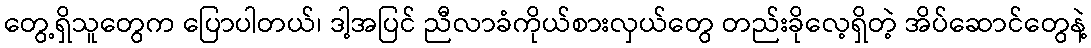
တွေ့ရှိသူတွေက ပြောပါတယ်၊ ဒါ့အပြင် ညီလာခံကိုယ်စားလှယ်တွေ တည်းခိုလေ့ရှိတဲ့ အိပ်ဆောင်တွေနဲ့